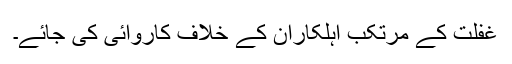
غفلت کے مرتکب اہلکاران کے خلاف کاروائی کی جائے۔